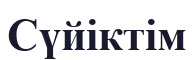
Сүйіктім